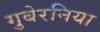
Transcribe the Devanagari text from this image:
गुबेरनिया